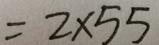
= 2 \times 5 5